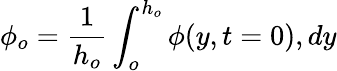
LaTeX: \phi_{o}=\frac{1}{h_{o}}\int_{o}^{h_{o}}\phi(y,t=0),dy